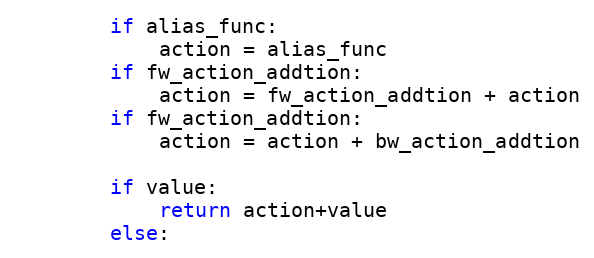
Language: Python
        if alias_func:
            action = alias_func
        if fw_action_addtion:
            action = fw_action_addtion + action
        if fw_action_addtion:
            action = action + bw_action_addtion

        if value:
            return action+value
        else: